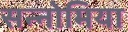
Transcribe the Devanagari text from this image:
सन्नोमिया